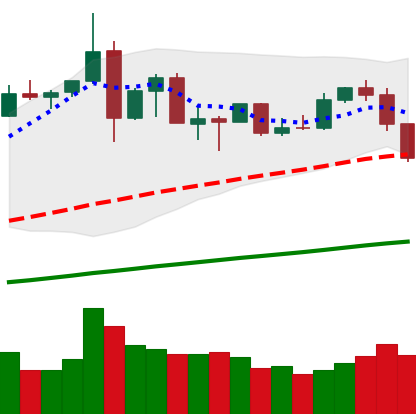
Ticker: ETH-USD
Chart end date: 2019-07-11
Forward return: -25.871%
Label: down_7plus